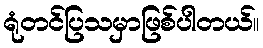
ရုံတင်ပြသမှာဖြစ်ပါတယ်။